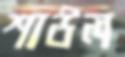
শাউল